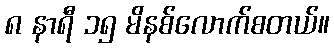
၈ နာရီ ၁၅ မိနစ်လောက်စတယ်။